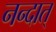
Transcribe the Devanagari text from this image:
नन्दात्